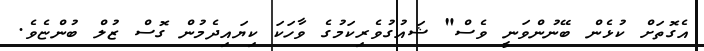
އެގޮތަށް ކުޅެން ބޭނުންވަނީ ވެސް" ޝައުގުވެރިކަމުގެ ވާހަކަ ކިޔައިދެމުން ގޮސް ޒުލް ބުންޏެވެ.